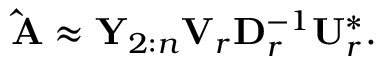
\begin{array} { r } { \mathbf { \hat { A } } \approx \mathbf { Y } _ { 2 : n } \mathbf { V } _ { r } \mathbf { D } _ { r } ^ { - 1 } \mathbf { U } _ { r } ^ { * } . } \end{array}